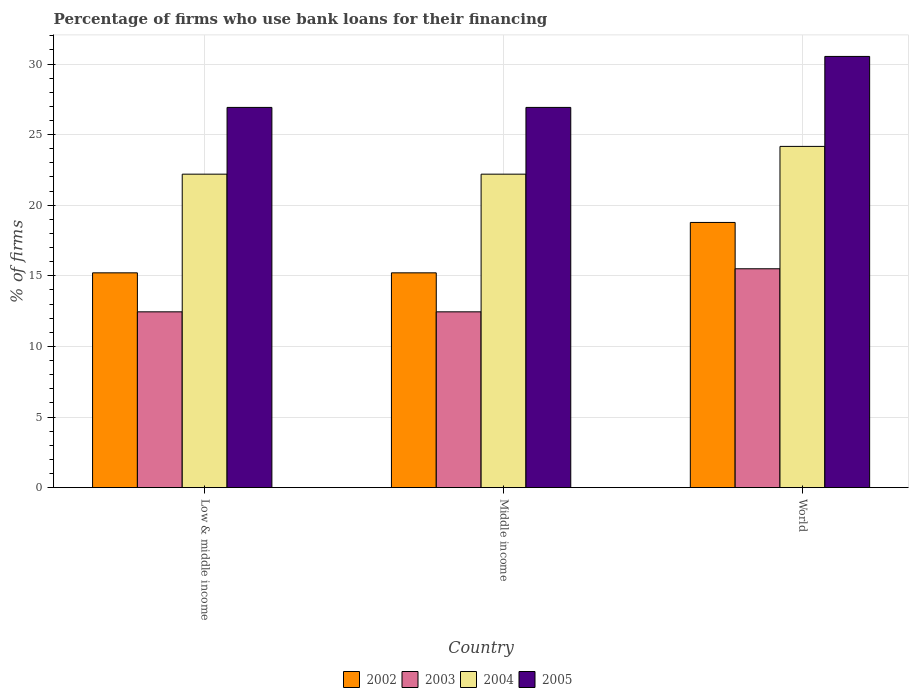
| Country | 2002 | 2003 | 2004 | 2005 |
 | --- | --- | --- | --- | --- |
 | Low & middle income | 15.2 | 12.4 | 22.2 | 26.9 |
 | Middle income | 15.2 | 12.4 | 22.2 | 26.9 |
 | World | 18.8 | 15.5 | 24.2 | 30.5 |